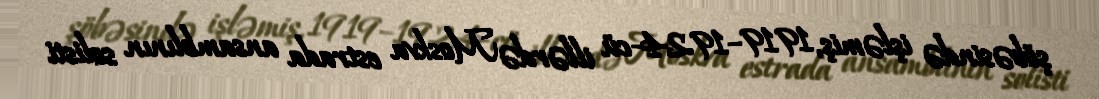
şöbəsində işləmiş, 1919–1924-cü illərdə Moskva estrada ansamblının solisti